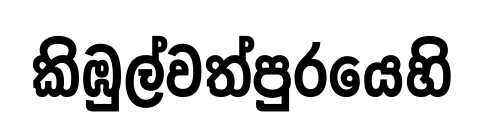
කිඹුල්වත්පුරයෙහි